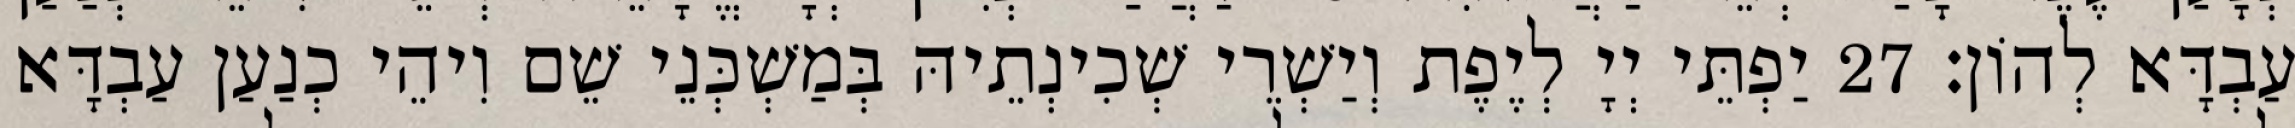
עַבְדָּא לְהוֹן׃ 27 יַפְתֵּי יְיָ לְיֶפֶת וְיַשְׁרֵי שְׁכִינְתֵיהּ בְּמַשְׁכְּנֵי שֵׁם וִיהֵי כְנַעַן עַבְדָּא